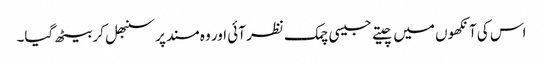
اس کی آنکھوں میں چیتے جیسی چمک نظر آئی اور وہ مسند پر سنبھل کر بیٹھ گیا۔